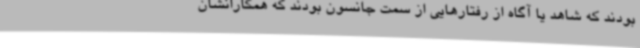
بودند که شاهد یا آگاه از رفتارهایی از سمت جانسون بودند که همکارانشان